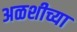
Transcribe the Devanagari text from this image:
अळशीच्या